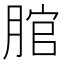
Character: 𦜐